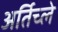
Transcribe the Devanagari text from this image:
अर्तिच्ले